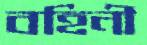
বহিনী